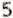
5